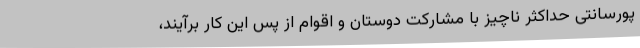
پورسانتی حداکثر ناچیز با مشارکت دوستان و اقوام از پس این کار برآیند،